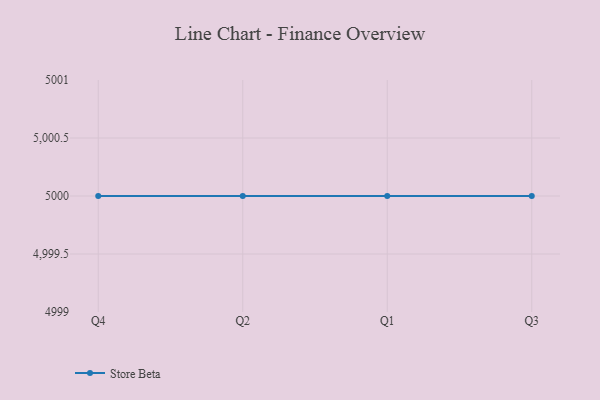
{"axis": {"x": "Quarter", "y": "Satisfaction Score"}, "legend": ["Store Beta"], "data": [{"x": "Q4", "y": 5000, "type": "Store Beta"}, {"x": "Q2", "y": 5000, "type": "Store Beta"}, {"x": "Q1", "y": 5000, "type": "Store Beta"}, {"x": "Q3", "y": 5000, "type": "Store Beta"}]}